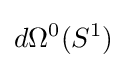
d\Omega ^{0}(S^{1})